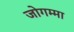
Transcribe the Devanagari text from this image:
जोगम्मा